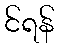
င်ရန်